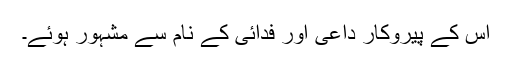
اس کے پیروکار داعی اور فدائی کے نام سے مشہور ہوئے۔